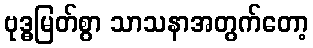
ဗုဒ္ဓမြတ်စွာ သာသနာအတွက်တော့